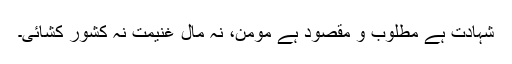
شہادت ہے مطلوب و مقصود ہے مومن، نہ مال غنیمت نہ کشور کشائی۔